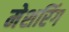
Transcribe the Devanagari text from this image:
मेशरिंग